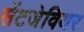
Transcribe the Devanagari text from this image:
सेंटजेवियर